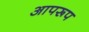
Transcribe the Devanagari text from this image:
आपरूप